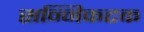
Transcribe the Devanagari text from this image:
सन्निकटक